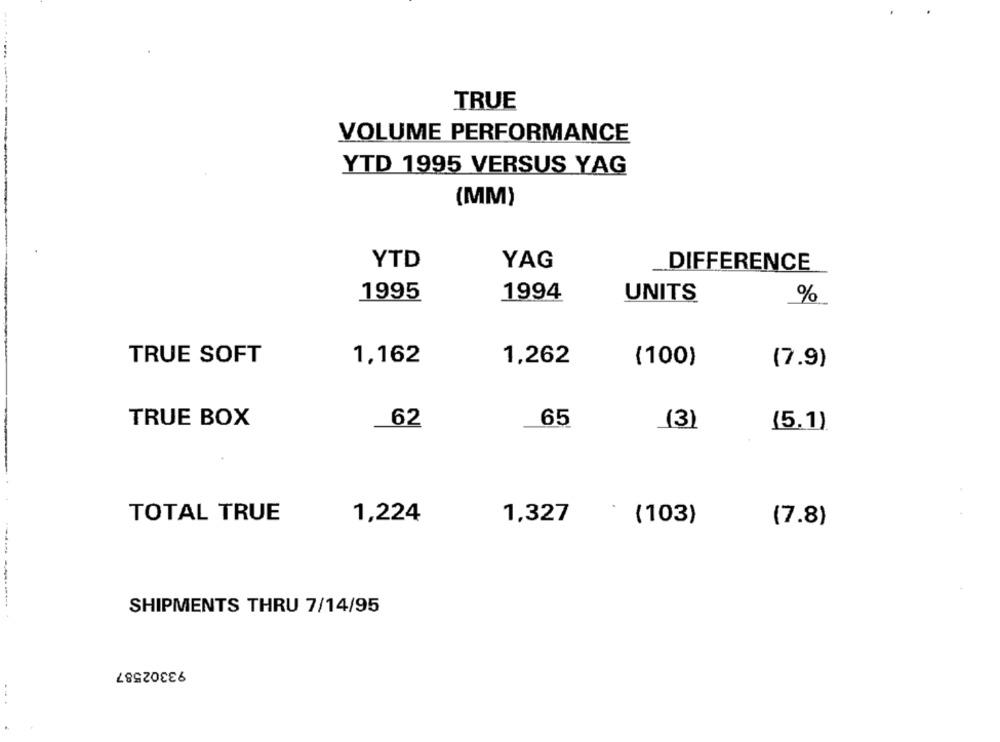
TRUE
VOLUME PERFORMANCE
YTD 1995 VERSUS YAG
(MM)
YTD
YAG
DIFFERENCE
1995
1994
UNITS
%
TRUE SOFT
1,162
1,262
(100)
(7.9)
TRUE BOX
62
65
(3)
(5.1)
TOTAL TRUE
1,224
1,327
(103)
(7.8)
------
SHIPMENTS THRU 7/14/95
93302587
...